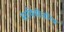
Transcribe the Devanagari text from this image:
सावित्रोचरित्र